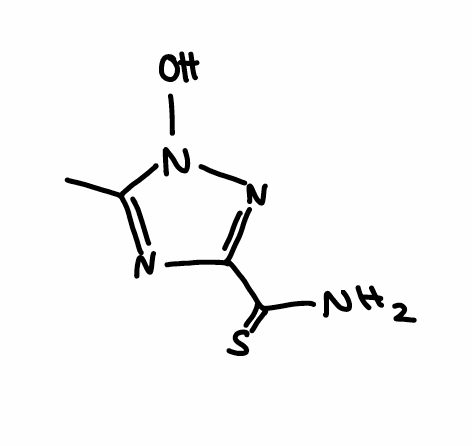
Simplified molecular-input line-entry system (SMILES) notation of the given molecule:
CC1=NC(=NN1O)C(=S)N